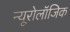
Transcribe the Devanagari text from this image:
न्यूरोलॉजिक